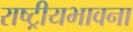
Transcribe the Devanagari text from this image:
राष्ट्रीयभावना